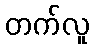
တက်လူ